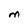
Character: M